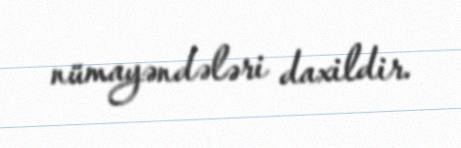
nümayəndələri daxildir.